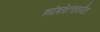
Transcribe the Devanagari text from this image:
त्र्यंबकेश्वपर्यंत